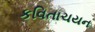
કવિતાચયન